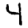
Digit: 4